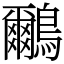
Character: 鸍